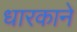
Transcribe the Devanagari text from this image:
धारकाने